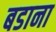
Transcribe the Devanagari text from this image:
बडाना